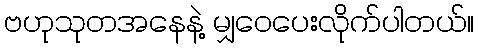
ဗဟုသုတအနေနဲ့ မျှဝေပေးလိုက်ပါတယ်။